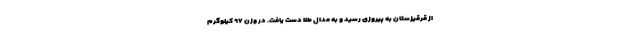
از قرقیزستان به پیروزی رسید و به مدال طلا دست یافت. در وزن ۹۷ کیلوگرم